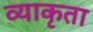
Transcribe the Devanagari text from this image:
व्याकृता